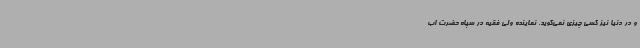
و در دنیا نیز کسی چیزی نمی‌گوید. نماینده ولی فقیه در سپاه حضرت اب